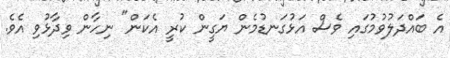
އެ ބައްދަލުވުމުގައި ވެސް އަޅުގަނޑުމެން ޔަގީން ކުރީ އެކަން" ނިހާން ވިދާޅުވި އެވެ.